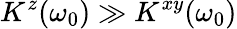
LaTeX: K^{z}(\omega_{0})\gg K^{xy}(\omega_{0})